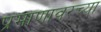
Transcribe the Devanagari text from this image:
प्रमाणावरच्या